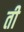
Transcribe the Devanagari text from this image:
ती